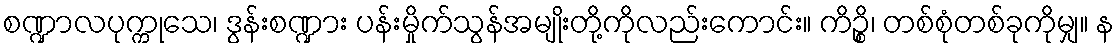
စဏ္ဍာလပုက္ကုသေ၊ ဒွန်းစဏ္ဍား ပန်းမှိုက်သွန်အမျိုးတို့ကိုလည်းကောင်း။ ကိဉ္စိ၊ တစ်စုံတစ်ခုကိုမျှ။ န